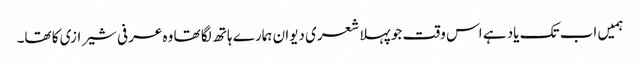
ہمیں اب تک یاد ہے اس وقت جو پہلا شعری دیوان ہمارے ہاتھ لگا تھا وہ عرفی شیرازی کا تھا۔